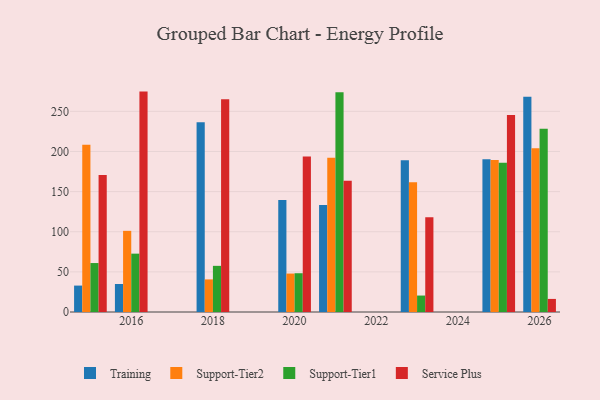
{"axis": {"x": "Year", "y": "Energy Usage (MWh)"}, "legend": ["Service Plus", "Support-Tier1", "Support-Tier2", "Training"], "data": [{"x": "2025", "y": 190.4, "type": "Training"}, {"x": "2025", "y": 189.3, "type": "Support-Tier2"}, {"x": "2025", "y": 186.1, "type": "Support-Tier1"}, {"x": "2025", "y": 245.4, "type": "Service Plus"}, {"x": "2026", "y": 268.3, "type": "Training"}, {"x": "2026", "y": 203.9, "type": "Support-Tier2"}, {"x": "2026", "y": 228.2, "type": "Support-Tier1"}, {"x": "2026", "y": 16.3, "type": "Service Plus"}, {"x": "2020", "y": 139.4, "type": "Training"}, {"x": "2020", "y": 47.9, "type": "Support-Tier2"}, {"x": "2020", "y": 48.3, "type": "Support-Tier1"}, {"x": "2020", "y": 193.8, "type": "Service Plus"}, {"x": "2016", "y": 34.9, "type": "Training"}, {"x": "2016", "y": 101.1, "type": "Support-Tier2"}, {"x": "2016", "y": 72.7, "type": "Support-Tier1"}, {"x": "2016", "y": 274.6, "type": "Service Plus"}, {"x": "2018", "y": 236.3, "type": "Training"}, {"x": "2018", "y": 40.6, "type": "Support-Tier2"}, {"x": "2018", "y": 57.5, "type": "Support-Tier1"}, {"x": "2018", "y": 265.1, "type": "Service Plus"}, {"x": "2015", "y": 32.9, "type": "Training"}, {"x": "2015", "y": 208.5, "type": "Support-Tier2"}, {"x": "2015", "y": 61.0, "type": "Support-Tier1"}, {"x": "2015", "y": 170.8, "type": "Service Plus"}, {"x": "2023", "y": 189.2, "type": "Training"}, {"x": "2023", "y": 161.7, "type": "Support-Tier2"}, {"x": "2023", "y": 20.5, "type": "Support-Tier1"}, {"x": "2023", "y": 117.9, "type": "Service Plus"}, {"x": "2021", "y": 133.3, "type": "Training"}, {"x": "2021", "y": 192.1, "type": "Support-Tier2"}, {"x": "2021", "y": 273.9, "type": "Support-Tier1"}, {"x": "2021", "y": 163.6, "type": "Service Plus"}]}